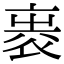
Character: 𧙵